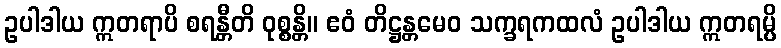
ဥပါဒါယ ဣတရာပိ စရန္တီတိ ဝုစ္စန္တိ။ ဧဝံ တိဋ္ဌန္တမေဝ သက္ခရကထလံ ဥပါဒါယ ဣတရမ္ပိ